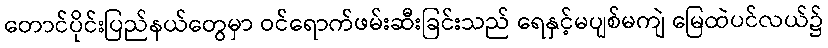
တောင်ပိုင်းပြည်နယ်တွေမှာ ဝင်ရောက်ဖမ်းဆီးခြင်းသည် ရေနှင့်မပျစ်မကျဲ မြေထဲပင်လယ်၌